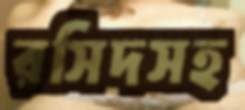
রসিদসহ